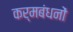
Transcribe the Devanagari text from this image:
कर्मबंधनों